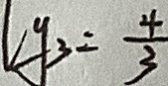
l y _ { 3 } = \frac { 4 } { 3 }